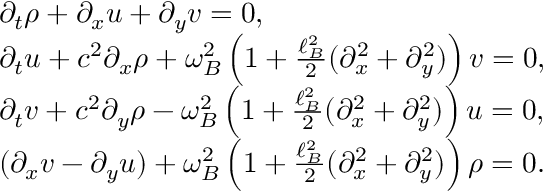
\begin{array} { r l } & { \partial _ { t } \rho + \partial _ { x } u + \partial _ { y } v = 0 , } \\ & { \partial _ { t } u + c ^ { 2 } \partial _ { x } \rho + \omega _ { B } ^ { 2 } \left( 1 + \frac { \ell _ { B } ^ { 2 } } { 2 } ( \partial _ { x } ^ { 2 } + \partial _ { y } ^ { 2 } ) \right) v = 0 , } \\ & { \partial _ { t } v + c ^ { 2 } \partial _ { y } \rho - \omega _ { B } ^ { 2 } \left( 1 + \frac { \ell _ { B } ^ { 2 } } { 2 } ( \partial _ { x } ^ { 2 } + \partial _ { y } ^ { 2 } ) \right) u = 0 , } \\ & { ( \partial _ { x } v - \partial _ { y } u ) + \omega _ { B } ^ { 2 } \left( 1 + \frac { \ell _ { B } ^ { 2 } } { 2 } ( \partial _ { x } ^ { 2 } + \partial _ { y } ^ { 2 } ) \right) \rho = 0 . } \end{array}